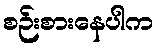
စဉ်းစားနေပါက